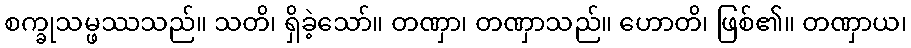
စက္ခုသမ္ဖဿသည်။ သတိ၊ ရှိခဲ့သော်။ တဏှာ၊ တဏှာသည်။ ဟောတိ၊ ဖြစ်၏။ တဏှာယ၊